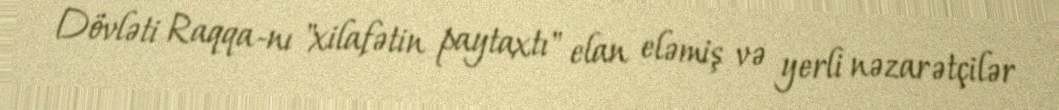
Dövləti Raqqa-nı "xilafətin paytaxtı" elan eləmiş və yerli nəzarətçilər